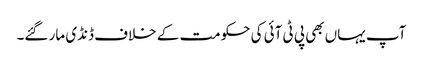
آپ یہاں بھی پی ٹی آئی کی حکومت کے خلاف ڈنڈی مار گئے۔